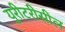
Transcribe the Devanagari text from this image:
युरीटरीसील